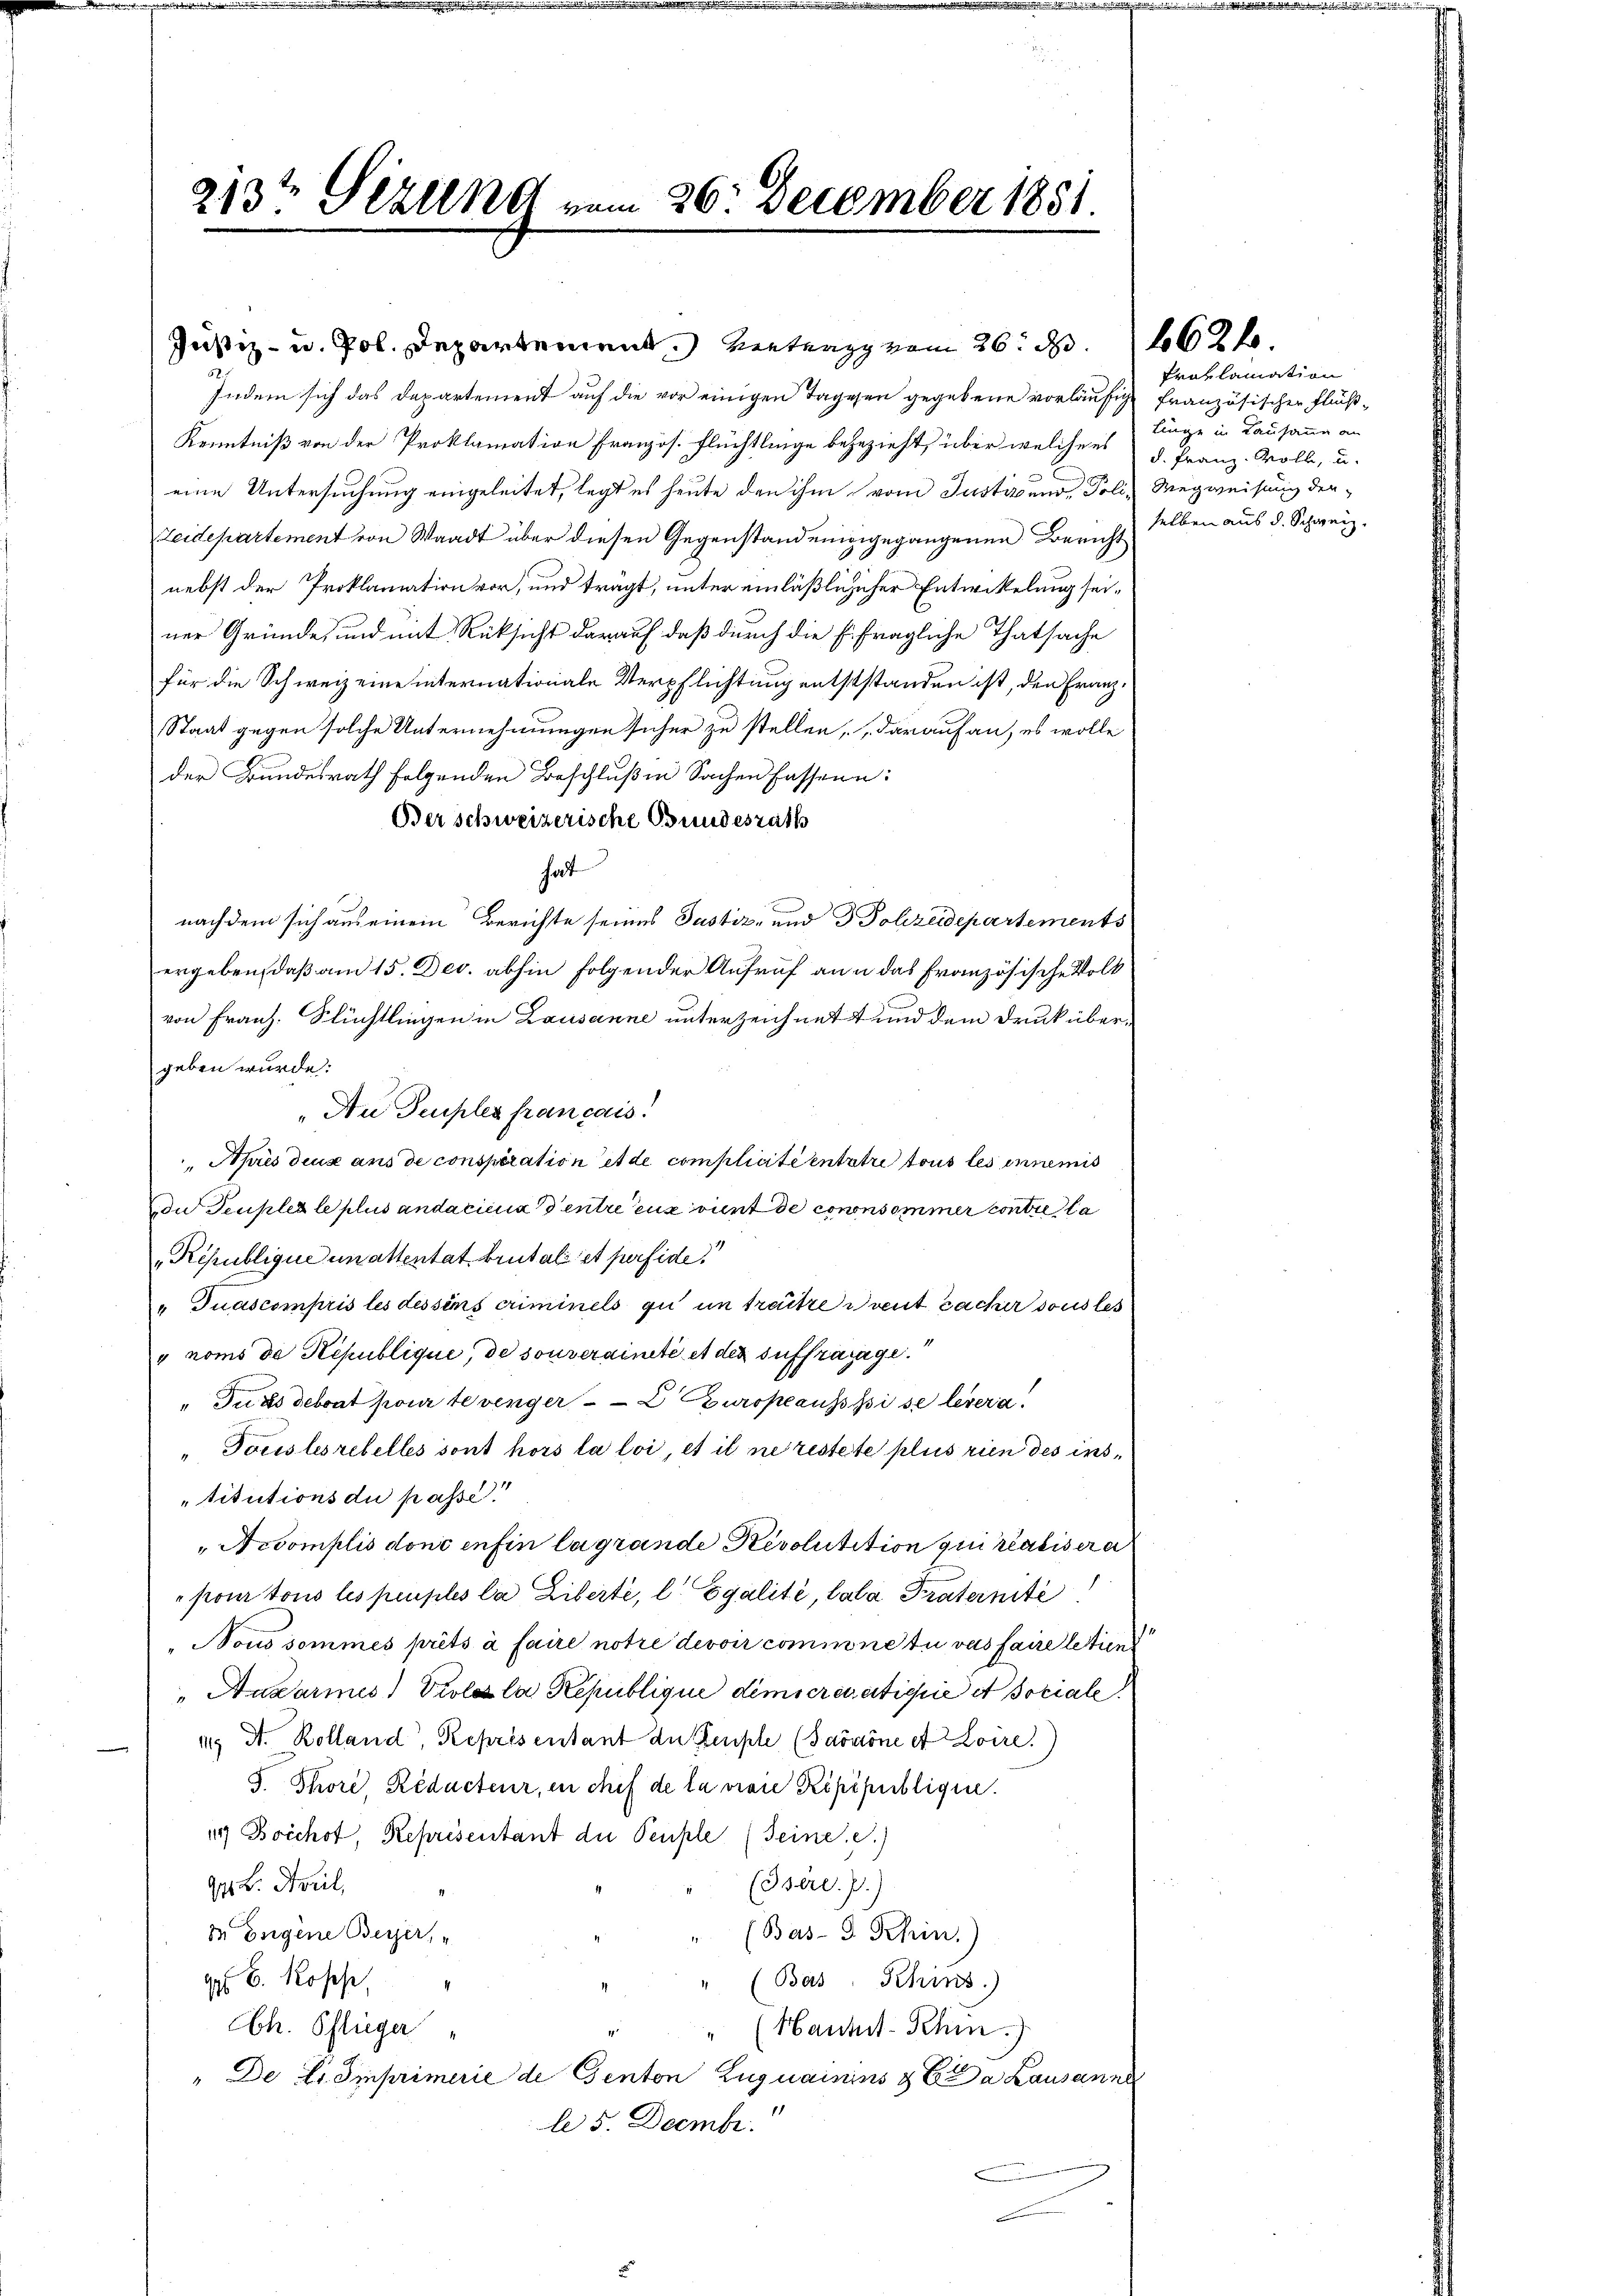
213te Serend vom 26. December 1881.

Justiz- u. Pol. Departement vertrag vom 26. d. 262 f.
Indem sich das Departement auf die vor einigen Tagesen gegebene vorläufig französischer Fluß¬
Kenntniß von der Proklamation französ. Flüchtlinge begezieht, über welchers d. Franz-Volle, u.
eine Untersuchung eingeleitet, legt es heute den ihm vom Justiz und Poli, Wegweisung der¬
Leidepartement von Waadt über diesen Gegenstandeningegangenen Bericht
nebst der Proklamation vor, und trägt, unter einläßlichischer Entwickelung seiner Gründe, und mit Rücksicht darauf daß durch die Eifragliche Thatsache
für die Schweiz eine internationale Verpflichtung entststanden ist, den Franz¬
Staat gegen solche Unternehmungen sicher zu stellen, darauf an, es wolle
der Bundesrath folgenden Beschlußen Sachen fassene:
Ber schweizerische Bundesrath
hat
nachdem sich aus einem Berichte seines Justiz- und 3 Polizeidepartements
ergeben, daß am 15. Dec. abhin folgender Aufruf an u das französische Volk
von Franz. Flüchtlingen in Lausanne unterzeichnet und dem Druck übergeben wurde.
„An Deuples francais.
Après deux aus de consperation et de complicitientatre tous les innemis
du Deuples le plus andaciena entre eux vint de conconsommer contre la
„Republique un attentat brutal et perfide
"Juascompris les dessens criminels zu in treitze doit cacher sous les
v noms de Republique, de souveraineté et der suffrarage.
" In des debeat pour te vinger = L Europeaussi se levera
"Touslesrebelles sont hors la loi, et il ne restete plus rien des institutions du passe!
" Accomplis donc enfin la grande Revolutition qui realiserer
"pour tous les peuples la Ziberti, l Egalité, lala Praternité
"Nous sommes prêts à faire notre devoir commnetii vas faire letien
Audarmes Violesla République demscreparticie et sociale
119 St. Kolland, Représentant der Keuple (Jašaöne et Loire.)
S. Thore, Reducteur, en chef de la vivie Ripépublique.
14 Bocchot, Représentant der Peuple (Seine c.)
(Iserl. J.)
G. B. April,
in Eugene Besser,
Bas-3 Schin.)
g B. Rosse,
(Bas, Schins.)
Hauhit-Schin)
Ch. Pflieger
" De lt. Imprimerie de Genton Luguainins & da Lausanne
1
le 5. Decembr.

Proklamation
linge in Lausanne an
selben aus d. Schweiz.